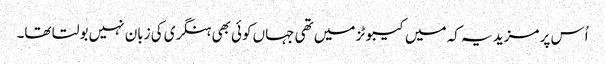
اُس پر مزید یہ کہ میں کیبوٹز میں تھی جہاں کوئی بھی ہنگری کی زبان نہیں بولتا تھا۔